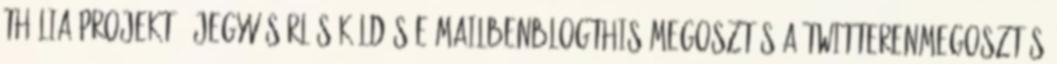
Thália Projekt - JEGYVÁSÁRLÁS Küldés e-mailbenBlogThis Megosztás a TwitterenMegosztás